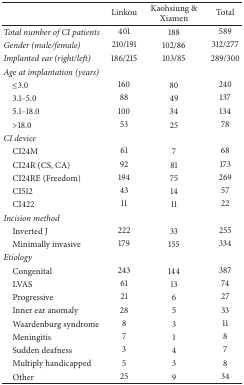
|  | Linkou | Kaohsiung & Xiamen | Total |
 | --- | --- | --- | --- |
 | Total number of CI patients | 401 | 188 | 589 |
 | Gender (male/female) | 210/191 | 102/86 | 312/277 |
 | Implanted ear (right/left) | 186/215 | 103/85 | 289/300 |
 | Age at implantation (years) |  |  |  |
 | ≤3.0 | 160 | 80 | 240 |
 | 3.1–5.0 | 88 | 49 | 137 |
 | 5.1–18.0 | 100 | 34 | 134 |
 | >18.0 | 53 | 25 | 78 |
 | CI device |  |  |  |
 | CI24M | 61 | 7 | 68 |
 | CI24R (CS, CA) | 92 | 81 | 173 |
 | CI24RE (Freedom) | 194 | 75 | 269 |
 | CI512 | 43 | 14 | 57 |
 | CI422 | 11 | 11 | 22 |
 | Incision method |  |  |  |
 | Inverted J | 222 | 33 | 255 |
 | Minimally invasive | 179 | 155 | 334 |
 | Etiology |  |  |  |
 | Congenital | 243 | 144 | 387 |
 | LVAS | 61 | 13 | 74 |
 | Progressive | 21 | 6 | 27 |
 | Inner ear anomaly | 28 | 5 | 33 |
 | Waardenburg syndrome | 8 | 3 | 11 |
 | Meningitis | 7 | 1 | 8 |
 | Sudden deafness | 3 | 4 | 7 |
 | Multiply handicapped | 5 | 3 | 8 |
 | Other | 25 | 9 | 34 |